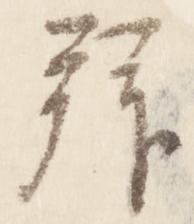
拝